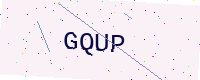
Text: GQUP